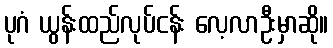
ပုဂံ ယွန်းထည်လုပ်ငန်း လေ့လာဦးမှာဆို။